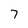
Character: 7